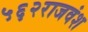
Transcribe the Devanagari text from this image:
५६२राजवंश